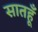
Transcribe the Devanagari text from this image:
सातहूँ